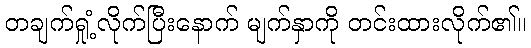
တချက်ရှုံ့လိုက်ပြီးနောက် မျက်နှာကို တင်းထားလိုက်၏။